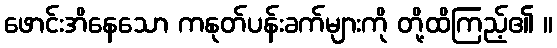
ဖောင်းအိနေသော ကနုတ်ပန်းခက်များကို တို့ထိကြည့်၏ ။